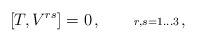
LaTeX: \begin{align*}[T,V^{rs}]=0\,,\qquad{\scriptstyle r,s=1\ldots3}\,,\end{align*}